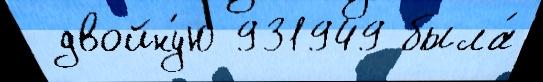
 двойну́ю 931949 была́